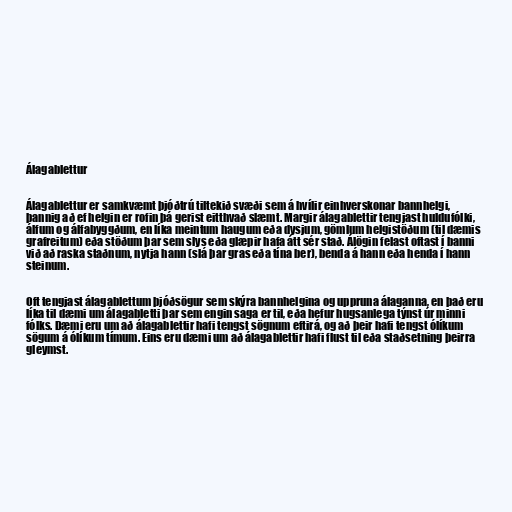
Álagablettur

Álagablettur er samkvæmt þjóðtrú tiltekið svæði sem á hvílir einhverskonar bannhelgi,
þannig að ef helgin er rofin þá gerist eitthvað slæmt. Margir álagablettir tengjast huldufólki,
álfum og álfabyggðum, en líka meintum haugum eða dysjum, gömlum helgistöðum (til dæmis
grafreitum) eða stöðum þar sem slys eða glæpir hafa átt sér stað. Álögin felast oftast í banni
við að raska staðnum, nytja hann (slá þar gras eða tína ber), benda á hann eða henda í hann
steinum.

Oft tengjast álagablettum þjóðsögur sem skýra bannhelgina og uppruna álaganna, en það eru
líka til dæmi um álagabletti þar sem engin saga er til, eða hefur hugsanlega týnst úr minni
fólks. Dæmi eru um að álagablettir hafi tengst sögnum eftirá, og að þeir hafi tengst ólíkum
sögum á ólíkum tímum. Eins eru dæmi um að álagablettir hafi flust til eða staðsetning þeirra
gleymst.